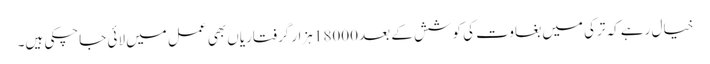
خیال رہے کہ ترکی میں بغاوت کی کوشش کے بعد 18000 ہزار گرفتاریاں بھی عمل میں لائی جاچکی ہیں۔